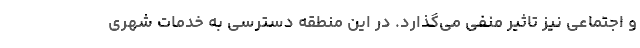
و اجتماعی نیز تاثیر منفی می‌گذارد. در این منطقه دسترسی به خدمات شهری